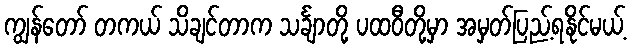
ကျွန်တော် တကယ် သိချင်တာက သင်္ချာတို့ ပထဝီတို့မှာ အမှတ်ပြည့်ရနိုင်မယ့်